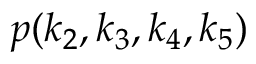
p ( k _ { 2 } , k _ { 3 } , k _ { 4 } , k _ { 5 } )